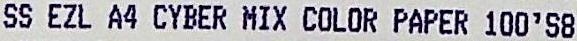
SS EZL A4 CYBER MIX COLOR PAPER 100'S8